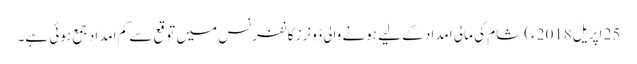
25 اپریل2018ء) شام کی مالی امداد کے لیے ہونے والی ڈونرز کانفرنس میں توقع سے کم امداد جمع ہوئی ہے۔